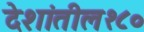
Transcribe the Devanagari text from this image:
देशांतील१८०